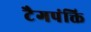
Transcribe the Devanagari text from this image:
टैगपंक्ति